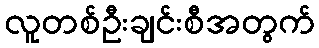
လူတစ်ဦးချင်းစီအတွက်